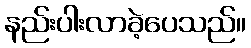
နည်းပါးလာခဲ့ပေသည်။